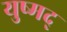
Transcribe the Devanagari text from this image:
युष्मद्